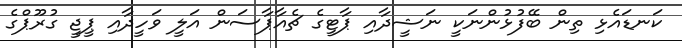
ކަނޑައެޅި ތިން ބޭފުޅުންނަކީ ނަޝީދާއި ޕާޓީގެ ޗެއާޕާސަން އަލީ ވަހީދާއި ޕީޖީ ގުރޫޕްގެ